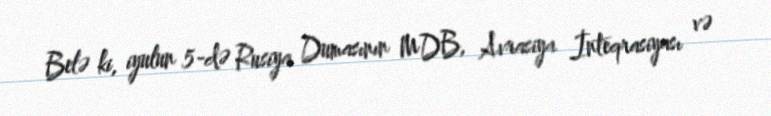
Belə ki, iyulun 5-də Rusiya Dumasının MDB, Avrasiya İnteqrasiyası və